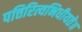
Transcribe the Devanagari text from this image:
पत्तिरित्यभिधीयते॥